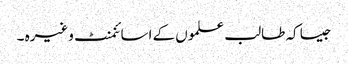
جیسا کہ طالب علموں کے اسائنمنٹ وغیرہ ۔